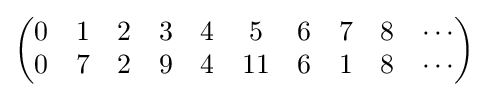
{\begin{pmatrix}0&1&2&3&4&5&6&7&8&\cdots \\0&7&2&9&4&11&6&1&8&\cdots \end{pmatrix}}